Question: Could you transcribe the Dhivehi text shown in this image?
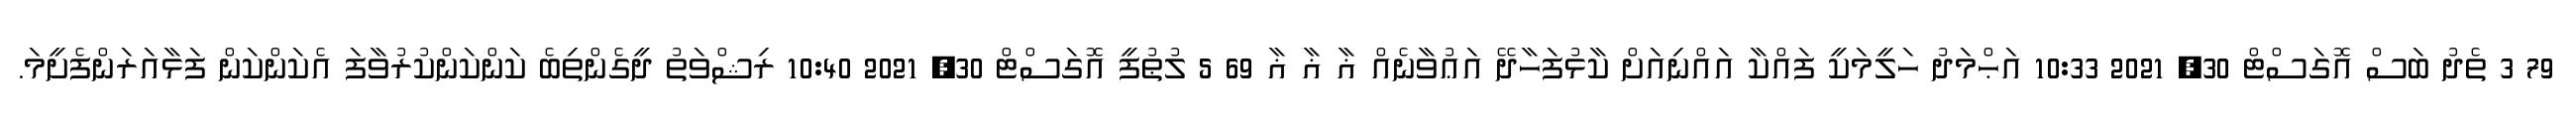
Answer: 79 3 ތެދު ބަސް އޮގަސްޓް 30, 2021 10:33 އަޙްމަދު ހަލީމަކީ ފައްކާ އައްނިއަށް ކާޅުފަހާދޭ އަޢުވާނެއް ޣާ ޣާ ޣާ 69 5 ލުޠުފީ އޮގަސްޓް 30, 2021 10:40 ރިޝްވަތު ދީގެންތިބެ ކަންކަންކުރުވާފަ އެކަންކަން ފަޅާއަރަންފެށީމަ.